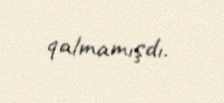
qalmamışdı.